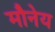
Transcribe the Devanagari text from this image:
मौनेय